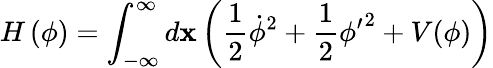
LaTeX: H\left(\phi\right)=\int_{-\infty}^{\infty}d\mathbf{x}\left(\frac{{1}}{{2}}\dot{{\phi}}^{2}+\frac{{1}}{{2}}{\phi^{\prime}}^{2}+V(\phi)\right)